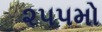
૨૫૫મો